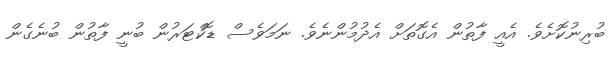
ބުރިނުކޮށެވެ. އެއީ ފާތުން އެގޮތަށް އެދުމުންނެވެ. ނަމަވެސް ޑޮކްޓަރުން ބުނީ ފާތުން ބުނެގެން